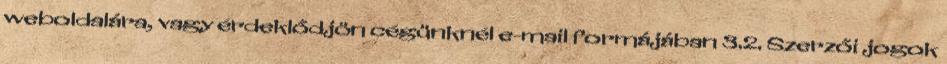
weboldalára, vagy érdeklődjön cégünknél e-mail formájában 3.2. Szerzői jogok